Plague in India, 1896, 1897 - Volume 1
Year: 1896
Disease focus: Plague
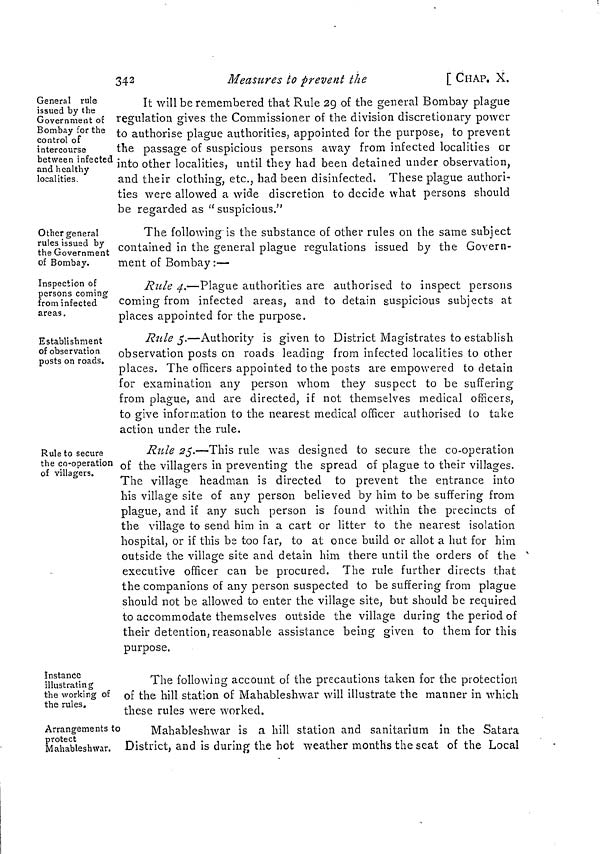
342
Measures to prevent the
[ CHAP. X.
General rule
issued by the
Government of
Bombay for the
control of
intercourse
between infected
and healthy
localities.
It will be remembered that Rule 29 of the general Bombay plague
regulation gives the Commissioner of the division discretionary power
to authorise plague authorities, appointed for the purpose, to prevent
the passage of suspicious persons away from infected localities or
into other localities, until they had been detained under observation,
and their clothing, etc., had been disinfected, These plague authori-
ties were allowed a wide discretion to decide what persons should
be regarded as "suspicious."
Other general
rules issued by
the Government
of Bombay.
The following is the substance of other rules on the same subject
contained in the general plague regulations issued by the Govern-
ment of Bombay:—
Inspection of
persons coming
from infected
areas.
Rule 4.—Plague authorities are authorised to inspect persons
coming from infected areas, and to detain suspicious subjects at
places appointed for the purpose.
Establishment
of observation
posts on roads.
Rule 5.—Authority is given to District Magistrates to establish
observation posts on roads leading from infected localities to other
places. The officers appointed to the posts are empowered to detain
for examination any person whom they suspect to be suffering
from plague, and are directed, if not themselves medical officers,
to give information to the nearest medical officer authorised to take
action under the rule.
Rule to secure
the co-operation
of villagers.
Rule 25.—This rule was designed to secure the co-operation
of the villagers in preventing the spread of plague to their villages.
The village headman is directed to prevent the entrance into
his village site of any person believed by him to be suffering from
plague, and if any such person is found within the precincts of
the village to send him in a cart or litter to the nearest isolation
hospital, or if this be too far, to at once build or allot a hut for him
outside the village site and detain him there until the orders of the
executive officer can be procured. The rule further directs that
the companions of any person suspected to be suffering from plague
should not be allowed to enter the village site, but should be required
to accommodate themselves outside the village during the period of
their detention, reasonable assistance being given to them for this
purpose.
Instance
illustrating
the working of
the rules.
The following account of the precautions taken for the protection
of the hill station of Mahableshwar will illustrate the manner in which
these rules were worked.
Arrangements to
protect
Mahableshwar.
Mahableshwar is a hill station and sanitarium in the Satara
District, and is during the hot weather months the seat of the Local